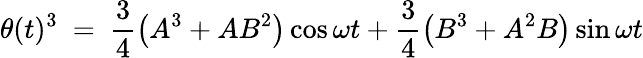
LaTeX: \theta(t)^{3}\ =\ \frac{3}{4}\big(A^{3}+AB^{2}\big)\cos\omega t+\frac{3}{4}\big(B^{3}+A^{2}B\big)\sin\omega t